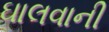
ઘાલવાની